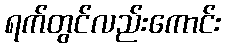
ရက်တွင်လည်းကောင်း